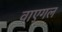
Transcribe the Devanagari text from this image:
वाएगल